Civil Veterinary Department. Madras. Admin. report 1926-33 - 1926-1933
Year: 1926
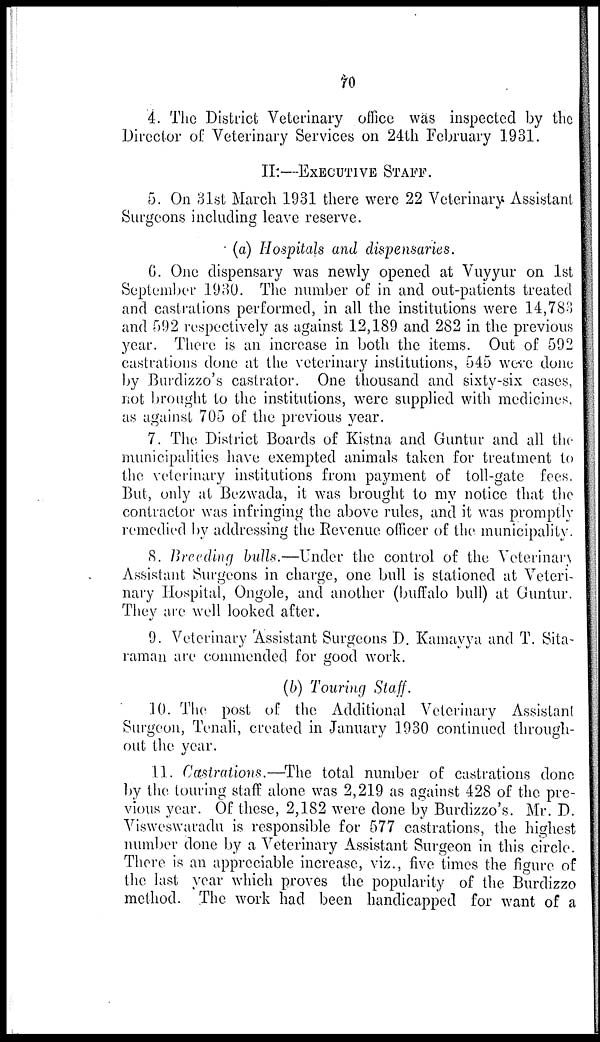
70
4. The District Veterinary office was inspected by the
Director of Veterinary Services on 24th February 1931.
II:—EXECUTIVE STAFF.
5. On 31st March 1931 there were 22 Veterinary Assistant
Surgeons including leave reserve.
(a) Hospitals and dispensaries.
6. One dispensary was newly opened at Vuyyur on 1st
September 1930. The number of in and out-patients treated
and castrations performed, in all the institutions were 14,783
and 592 respectively as against 12,189 and 282 in the previous
year. There is an increase in both the items. Out of 592
castrations done at the veterinary institutions, 545 were done
by Burdizzo's castrator. One thousand and sixty-six cases,
not brought to the institutions, were supplied with medicines,
as against 705 of the previous year.
7. The District Boards of Kistna and Guntur and all the
municipalities have exempted animals taken for treatment to
the veterinary institutions from payment of toll-gate fees.
But, only at Bezwada, it was brought to my notice that the
contractor was infringing the above rules, and it was promptly
remedied by addressing the Revenue officer of the municipality.
8. Breeding bulls.—Under the control of the Veterinary
Assistant Surgeons in charge, one bull is stationed at Veteri-
nary Hospital, Ongole, and another (buffalo bull) at Guntur.
They are well looked after.
9. Veterinary Assistant Surgeons D. Kamayya and T. Sita-
raman are commended for good work.
(b) Touring Staff.
10. The post of the Additional Veterinary Assistant
Surgeon, Tenali, created in January 1930 continued through-
out the year.
11. Castrations.—The total number of castrations done
by the touring staff alone was 2,219 as against 428 of the pre-
vious year. Of these, 2,182 were done by Burdizzo's. Mr. D.
Visweswaradu is responsible for 577 castrations, the highest
number done by a Veterinary Assistant Surgeon in this circle.
There is an appreciable increase, viz., five times the figure of
the last year which proves the popularity of the Burdizzo
method. The work had been handicapped for want of a